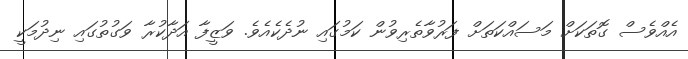
އެއްވެސް ގޮތަކަށް މަސައްކަތަށް ފަރުވާތެރިވުން ކަމުގައި ނުދެކެއެވެ. ވަޒީފާ އަދާކުރާ ވަގުތުގައި ނިދުމަކީ